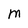
Character: M